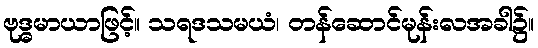
ဗုဒ္ဓမာယာဖြင့်။ သရဒသမယံ၊ တန်ဆောင်မုန်းလအခါ၌။